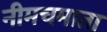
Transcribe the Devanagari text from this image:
नीमचमाता